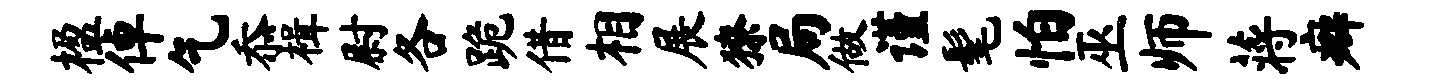
楹倬乞忝楫尉各跪借相展獠局做谨髦怕巫师蒋癖